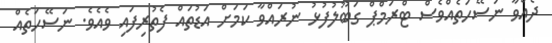
ދެއްވާ ނަސޭހަތެއްވެސް ޓްރަމްޕް ގަބޫލުފުޅު ނުރައްވާ ކަމަށް އަޑުތައް ފެތުރިފައި ވެއެވެ. ނަސޭހަތެއް